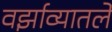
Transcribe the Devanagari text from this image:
वर्झाव्यातले